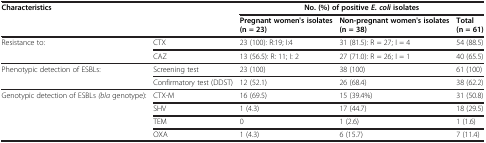
<table><thead><tr><td rowspan="2" colspan="2"><b>Characteristics</b></td><td colspan="3"><b>No. (%) of positive <i>E. coli </i>isolates</b></td></tr><tr><td><b>Pregnant women&#x27;s isolates (n = 23)</b></td><td><b>Non-pregnant women&#x27;s isolates (n = 38)</b></td><td><b>Total (n = 61)</b></td></tr></thead><tbody><tr><td rowspan="2">Resistance to:</td><td>CTX</td><td>23 (100): R:19; I:4</td><td>31 (81.5): R = 27; I = 4</td><td>54 (88.5)</td></tr><tr><td>CAZ</td><td>13 (56.5): R: 11; I: 2</td><td>27 (71.0): R = 26; I = 1</td><td>40 (65.5)</td></tr><tr><td rowspan="2">Phenotypic detection of ESBLs:</td><td>Screening test</td><td>23 (100)</td><td>38 (100)</td><td>61 (100)</td></tr><tr><td>Confirmatory test (DDST)</td><td>12 (52.1)</td><td>26 (68.4)</td><td>38 (62.2)</td></tr><tr><td rowspan="4">Genotypic detection of ESBLs <i>(bla</i> genotype):</td><td>CTX-M</td><td>16 (69.5)</td><td>15 (39.4%)</td><td>31 (50.8)</td></tr><tr><td>SHV</td><td>1 (4.3)</td><td>17 (44.7)</td><td>18 (29.5)</td></tr><tr><td>TEM</td><td>0</td><td>1 (2.6)</td><td>1 (1.6)</td></tr><tr><td>OXA</td><td>1 (4.3)</td><td>6 (15.7)</td><td>7 (11.4)</td></tr></tbody></table>